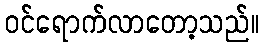
ဝင်ရောက်လာတော့သည်။